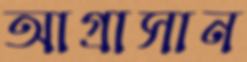
আগ্রাসান